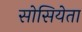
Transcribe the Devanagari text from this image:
सोसियेता